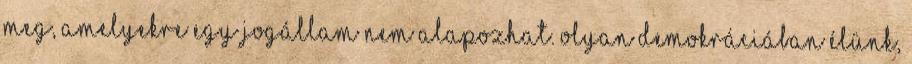
meg, amelyekre egy jogállam nem alapozhat. Olyan demokráciában élünk,